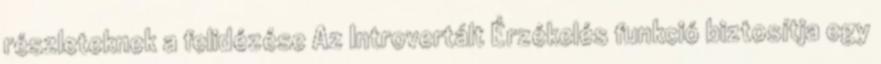
részleteknek a felidézése Az Introvertált Érzékelés funkció biztosítja egy